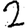
Digit: 2